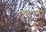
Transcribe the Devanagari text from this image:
दूधला